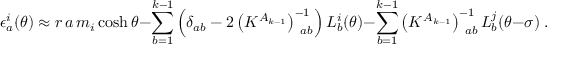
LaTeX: \epsilon _ { a } ^ { i } ( \theta ) \approx r \, a \, m _ { i } \cosh \theta - \sum _ { b = 1 } ^ { k - 1 } \left( \delta _ { a b } - 2 \left( K ^ { A _ { k - 1 } } \right) _ { \, \, \, a b } ^ { - 1 } \right) L _ { b } ^ { i } ( \theta ) - \sum _ { b = 1 } ^ { k - 1 } \left( K ^ { A _ { k - 1 } } \right) _ { \, \, \, a b } ^ { - 1 } L _ { b } ^ { j } ( \theta - \sigma ) \; .